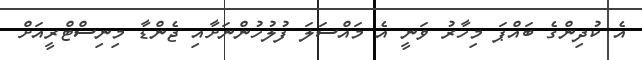
އެ ކުދިންގެ ބައްޕަ މިހާރު ވަނީ އެ މައްސަލަ ފުލުހުންނަށާއި ޖެންޑާ މިނިސްޓްރީއަށް